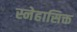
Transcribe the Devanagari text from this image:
स्नेहासिक्त